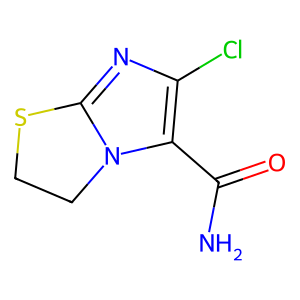
SMILES: NC(=O)c1c(Cl)nc2n1CCS2
Inhibits HIV replication: No